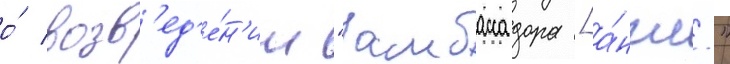
о́ возв'ед'е́н'ии "амбассадора [а́нгл."